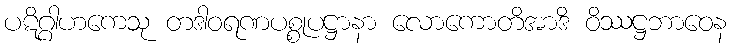
ပဋိဂ္ဂါဟကေသု တဒါဝရဏပစ္စုပဋ္ဌာနာ လောကောတိအာဒိ ဝိဿဋ္ဌဘာဝေန